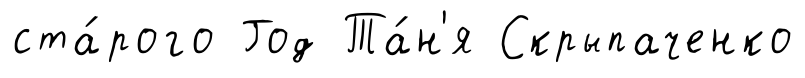
ста́рого Год Та́н'я Скрыпаченко